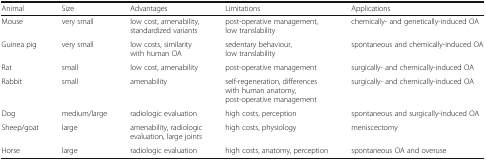
<table><thead><tr><td><b>Animal</b></td><td><b>Size</b></td><td><b>Advantages</b></td><td><b>Limitations</b></td><td><b>Applications</b></td></tr></thead><tbody><tr><td>Mouse</td><td>very small</td><td>low cost, amenability, standardized variants</td><td>post-operative management, low translability</td><td>chemically- and genetically-induced OA</td></tr><tr><td>Guinea pig</td><td>very small</td><td>low costs, similarity with human OA</td><td>sedentary behaviour, low translability</td><td>spontaneous and chemically-induced OA</td></tr><tr><td>Rat</td><td>small</td><td>low cost, amenability</td><td>post-operative management</td><td>surgically- and chemically-induced OA</td></tr><tr><td>Rabbit</td><td>small</td><td>amenability</td><td>self-regeneration, differences with human anatomy, post-operative management</td><td>surgically- and chemically-induced OA</td></tr><tr><td>Dog</td><td>medium/large</td><td>radiologic evaluation</td><td>high costs, perception</td><td>spontaneous and surgically-induced OA</td></tr><tr><td>Sheep/goat</td><td>large</td><td>amenability, radiologic evaluation, large joints</td><td>high costs, physiology</td><td>meniscectomy</td></tr><tr><td>Horse</td><td>large</td><td>radiologic evaluation</td><td>high costs, anatomy, perception</td><td>spontaneous OA and overuse</td></tr></tbody></table>